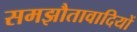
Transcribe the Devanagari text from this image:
समझौतावादियों